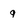
Character: q